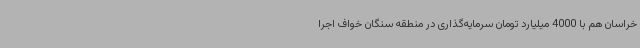
خراسان هم با 4000 میلیارد تومان سرمایه‌گذاری در منطقه سنگان خواف اجرا